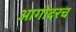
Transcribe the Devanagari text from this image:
आगोदरच